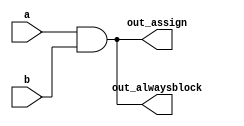
module top_module(
    input a, 
    input b,
    output wire out_assign,
    output reg out_alwaysblock
);
    assign out_assign=a&b;
    always @(*)
        out_alwaysblock=a&b;

endmodule